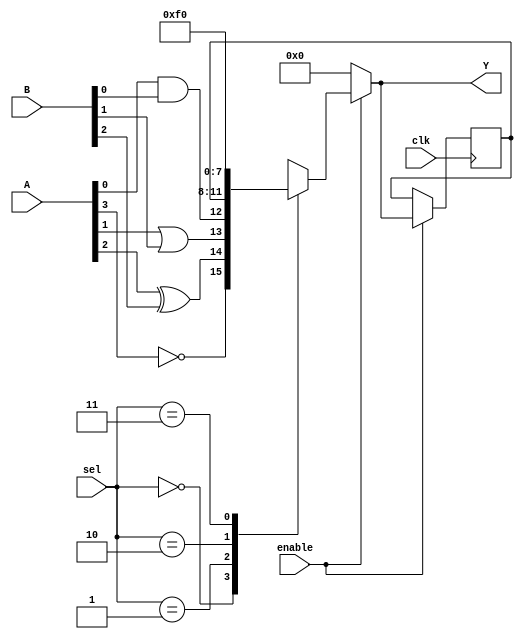
module CLB (
    input wire [3:0] A,          // 4-bit input signals
    input wire [3:0] B,          // 4-bit input signals
    input wire [1:0] sel,        // Multiplexer select signal
    input wire enable,           // Enable signal
    input wire clk,              // Global clock signal
    output wire [3:0] Y          // 4-bit output signals
);

// Internal signals
wire [3:0] lut_out;            // Outputs from LUTs
wire [3:0] mux_out;            // Output from multiplexer
reg [3:0] feedback;            // Feedback path

// Look-Up Tables (LUTs)
function [3:0] lut_function;
    input [3:0] A;
    input [3:0] B;
    begin
        // Example logic functions
        lut_function[0] = A[0] & B[0]; // AND
        lut_function[1] = A[1] | B[1]; // OR
        lut_function[2] = A[2] ^ B[2]; // XOR
        lut_function[3] = ~A[3];       // NOT
    end
endfunction

// Instantiate LUTs
assign lut_out = lut_function(A, B);

// Multiplexer for output selection
always @(*) begin
    if (enable) begin
        case (sel)
            2'b00: mux_out = lut_out;          // Output from LUTs
            2'b01: mux_out = feedback;         // Feedback path
            2'b10: mux_out = 4'b1111;          // Example constant output
            2'b11: mux_out = 4'b0000;          // Example constant output
            default: mux_out = 4'b0000;        // Default case
        endcase
    end else begin
        mux_out = 4'b0000;                    // Disable output
    end
end

// Output drivers
assign Y = mux_out;

// Feedback path
always @(posedge clk) begin
    if (enable) begin
        feedback <= mux_out;                // Store output in feedback
    end
end

endmodule